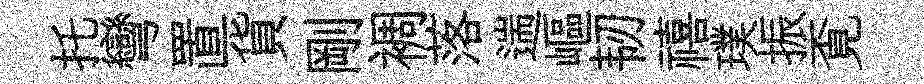
托彎置貨剛裯落遄嶇韧禧璞振覔